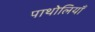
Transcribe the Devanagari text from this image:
पाथोलियाँ